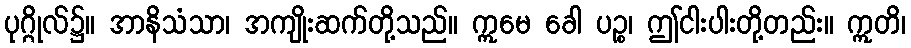
ပုဂ္ဂိုလ်၌။ အာနိသံသာ၊ အကျိုးဆက်တို့သည်။ ဣမေ ခေါ ပဉ္စ၊ ဤငါးပါးတို့တည်း။ ဣတိ၊